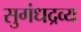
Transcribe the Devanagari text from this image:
सुगंधद्रव्य